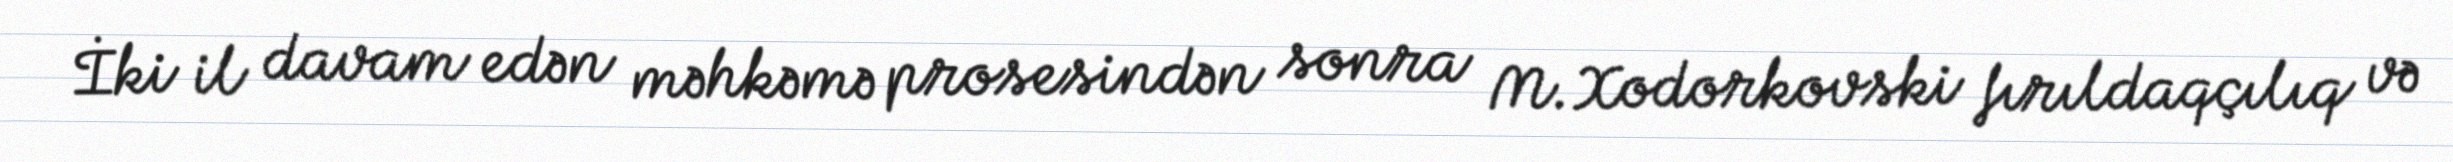
İki il davam edən məhkəmə prosesindən sonra M.Xodorkovski fırıldaqçılıq və